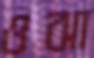
ওঝা